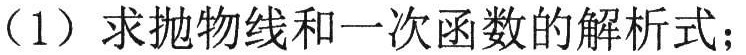
（1）求抛物线和一次函数的解析式；